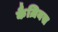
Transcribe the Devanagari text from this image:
कैज़ियस